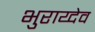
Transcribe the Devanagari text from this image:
भुराय्देव